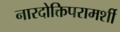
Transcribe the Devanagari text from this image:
नारदोक्तिपरामर्शी